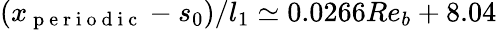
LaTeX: (x_{\mathrm{~p~e~r~i~o~d~i~c~}}-s_{0})/l_{1}\simeq 0.0266Re_{b}+8.04